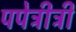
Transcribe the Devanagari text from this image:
पपेत्रीट्री